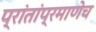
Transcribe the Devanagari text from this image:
प्रांतांप्रमाणेच